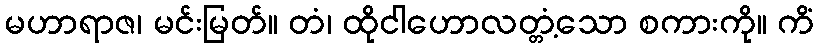
မဟာရာဇ၊ မင်းမြတ်။ တံ၊ ထိုငါဟောလတ္တံ့သော စကားကို။ ကိံ